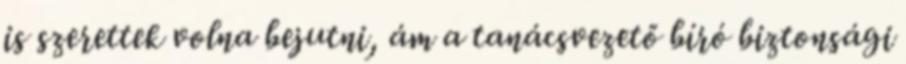
is szerettek volna bejutni, ám a tanácsvezető bíró biztonsági